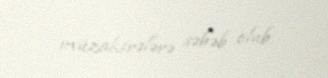
müzakirələrə səbəb olub.